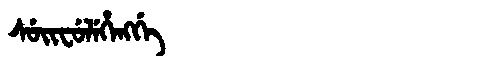
Manchu: ᠰᡠᡳᠸᡠᠯᡝᡥᡝᠩᡤᡝ
Romanization: SUIFULEHENGGE